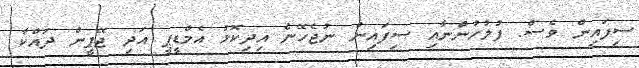
ސިފައިން ވެސް. ފުލުހުންނާއި ސިފައިން ނުޖެހޭނެ އިދިކޮޅު އެމްޑީޕީ އަދި ޖޭޕީން ދައްކާ